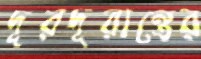
দূরদূরান্তের